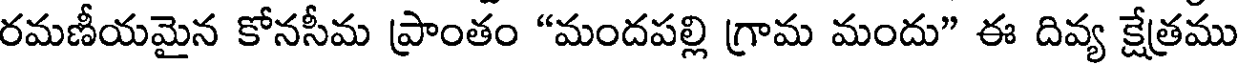
రమణీయమైన కోనసీమ ప్రాంతం "మందపల్లి గ్రామ మందు" ఈ దివ్య క్షేత్రము